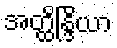
အတ္ထိန္ဒြိယာ